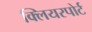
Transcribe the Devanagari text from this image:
क्लियरपोर्ट